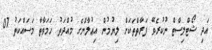
އަދި ޝޯޓްލިސްޓް ނުކުރެވޭ ފަރާތްތަކަށް ލިޔުމުން އިޢުލާންގެ މުއްދަތު ހަމަވާތާ މަސައްކަތު 07